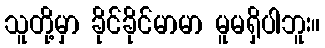
သူတို့မှာ ခိုင်ခိုင်မာမာ မူမရှိပါဘူး။